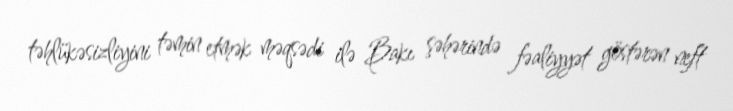
təhlükəsizliyini təmin etmək məqsədi ilə Bakı şəhərində fəaliyyət göstərən neft